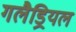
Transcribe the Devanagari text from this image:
गलैड्रियल